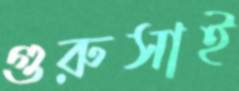
গুরুসাই